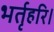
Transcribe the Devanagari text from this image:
भर्तृहरि।